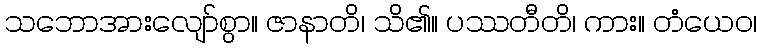
သဘောအားလျော်စွာ။ ဇာနာတိ၊ သိ၏။ ပဿတီတိ၊ ကား။ တံယေဝ၊